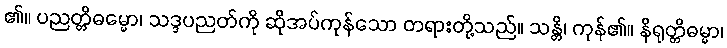
၏။ ပညတ္တိဓမ္မော၊ သဒ္ဒပညတ်ကို ဆိုအပ်ကုန်သော တရားတို့သည်။ သန္တိ၊ ကုန်၏။ နိရုတ္တိဓမ္မာ၊